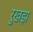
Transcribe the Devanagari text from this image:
रुखड़ा